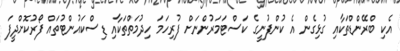
އެކި ބްރޭންޑްތަކާއި ގުޅިގެން އެ ކުންފުނީގެ ކަސްޓަމަރުންނަށް ފުރިހަމަ ހިދުމަތްތަކާއި ޑިސްކައުންޓުތައް ފޯރުކޮށްދީފަ